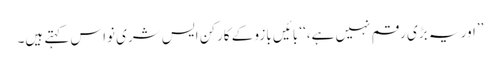
’’اور یہ بڑی رقم نہیں ہے،‘‘ بائیں بازو کے کارکن ایس شری نواس کہتے ہیں۔